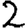
Digit: 2